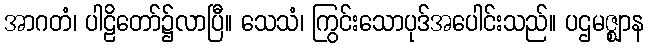
အာဂတံ၊ ပါဠိတော်၌လာပြီ။ သေသံ၊ ကြွင်းသောပုဒ်အပေါင်းသည်။ ပဌမဇ္ဈာန